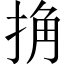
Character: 捔